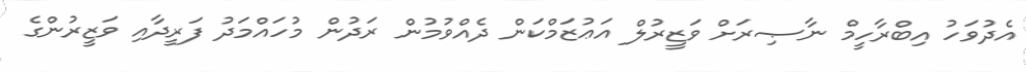
އެދުވަހު އިބްރާހީމް ނާޞިރަށް ވަޒީރުލް އަޢުޒަމްކަން ދެއްވުމުން ރަދުން މުހައްމަދު ފަރީދާއި ވަޒީރުންގެ